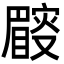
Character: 𥋜